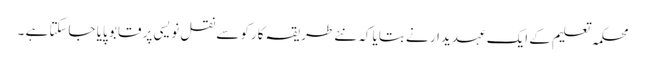
محکمہ تعلیم کے ایک عہدیدار نے بتایا کہ نئے طریقہ کارکو سے نقل نویسی پر قابو پایا جاسکتا ہے ۔